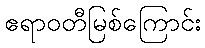
ဧရာဝတီမြစ်ကြောင်း